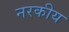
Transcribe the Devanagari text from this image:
नरकीय